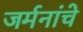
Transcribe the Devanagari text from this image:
जर्मनांचे